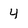
Character: 4